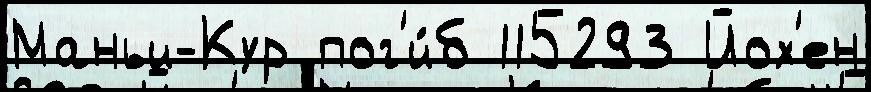
Маньи-Кур пог'и́б 115293 Йох'ен